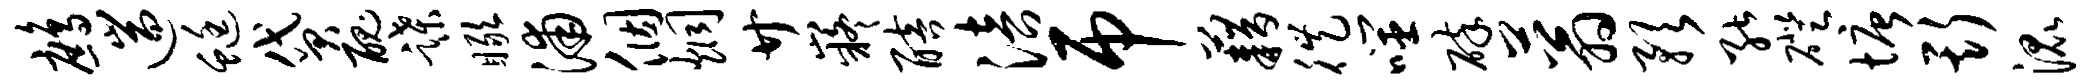
鹧遄蜓贷丑蹀瞰浦个炯廿嶷醅涪吊藉徙噬碎蓊预能磴塘斯混